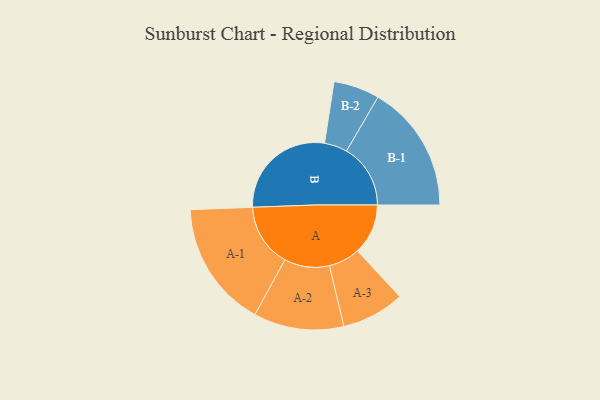
{"axis": {"x": "Segment", "y": "Value"}, "legend": ["", "A", "B"], "data": [{"x": "A", "y": 233, "type": ""}, {"x": "B", "y": 498, "type": ""}, {"x": "A-1", "y": 292, "type": "A"}, {"x": "A-2", "y": 208, "type": "A"}, {"x": "A-3", "y": 145, "type": "A"}, {"x": "B-1", "y": 295, "type": "B"}, {"x": "B-2", "y": 106, "type": "B"}]}